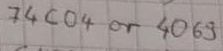
Text: 74C04 or 4069